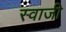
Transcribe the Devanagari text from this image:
स्वाजी